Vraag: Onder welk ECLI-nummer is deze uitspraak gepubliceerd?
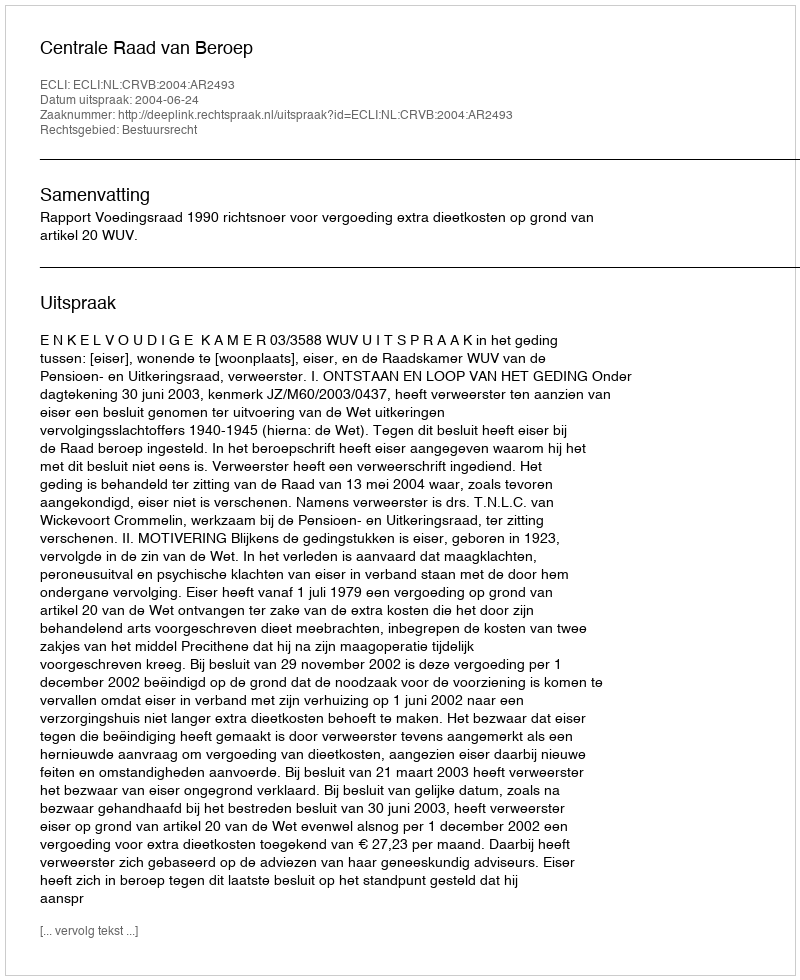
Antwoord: ECLI:NL:CRVB:2004:AR2493